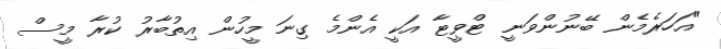
"އަހަރެމެން ބޭނުންވަނީ ޓްވީޓާ އަކީ އެންމެ ގިނަ މީހުން އިތުބާރު ކުރާ މީސް